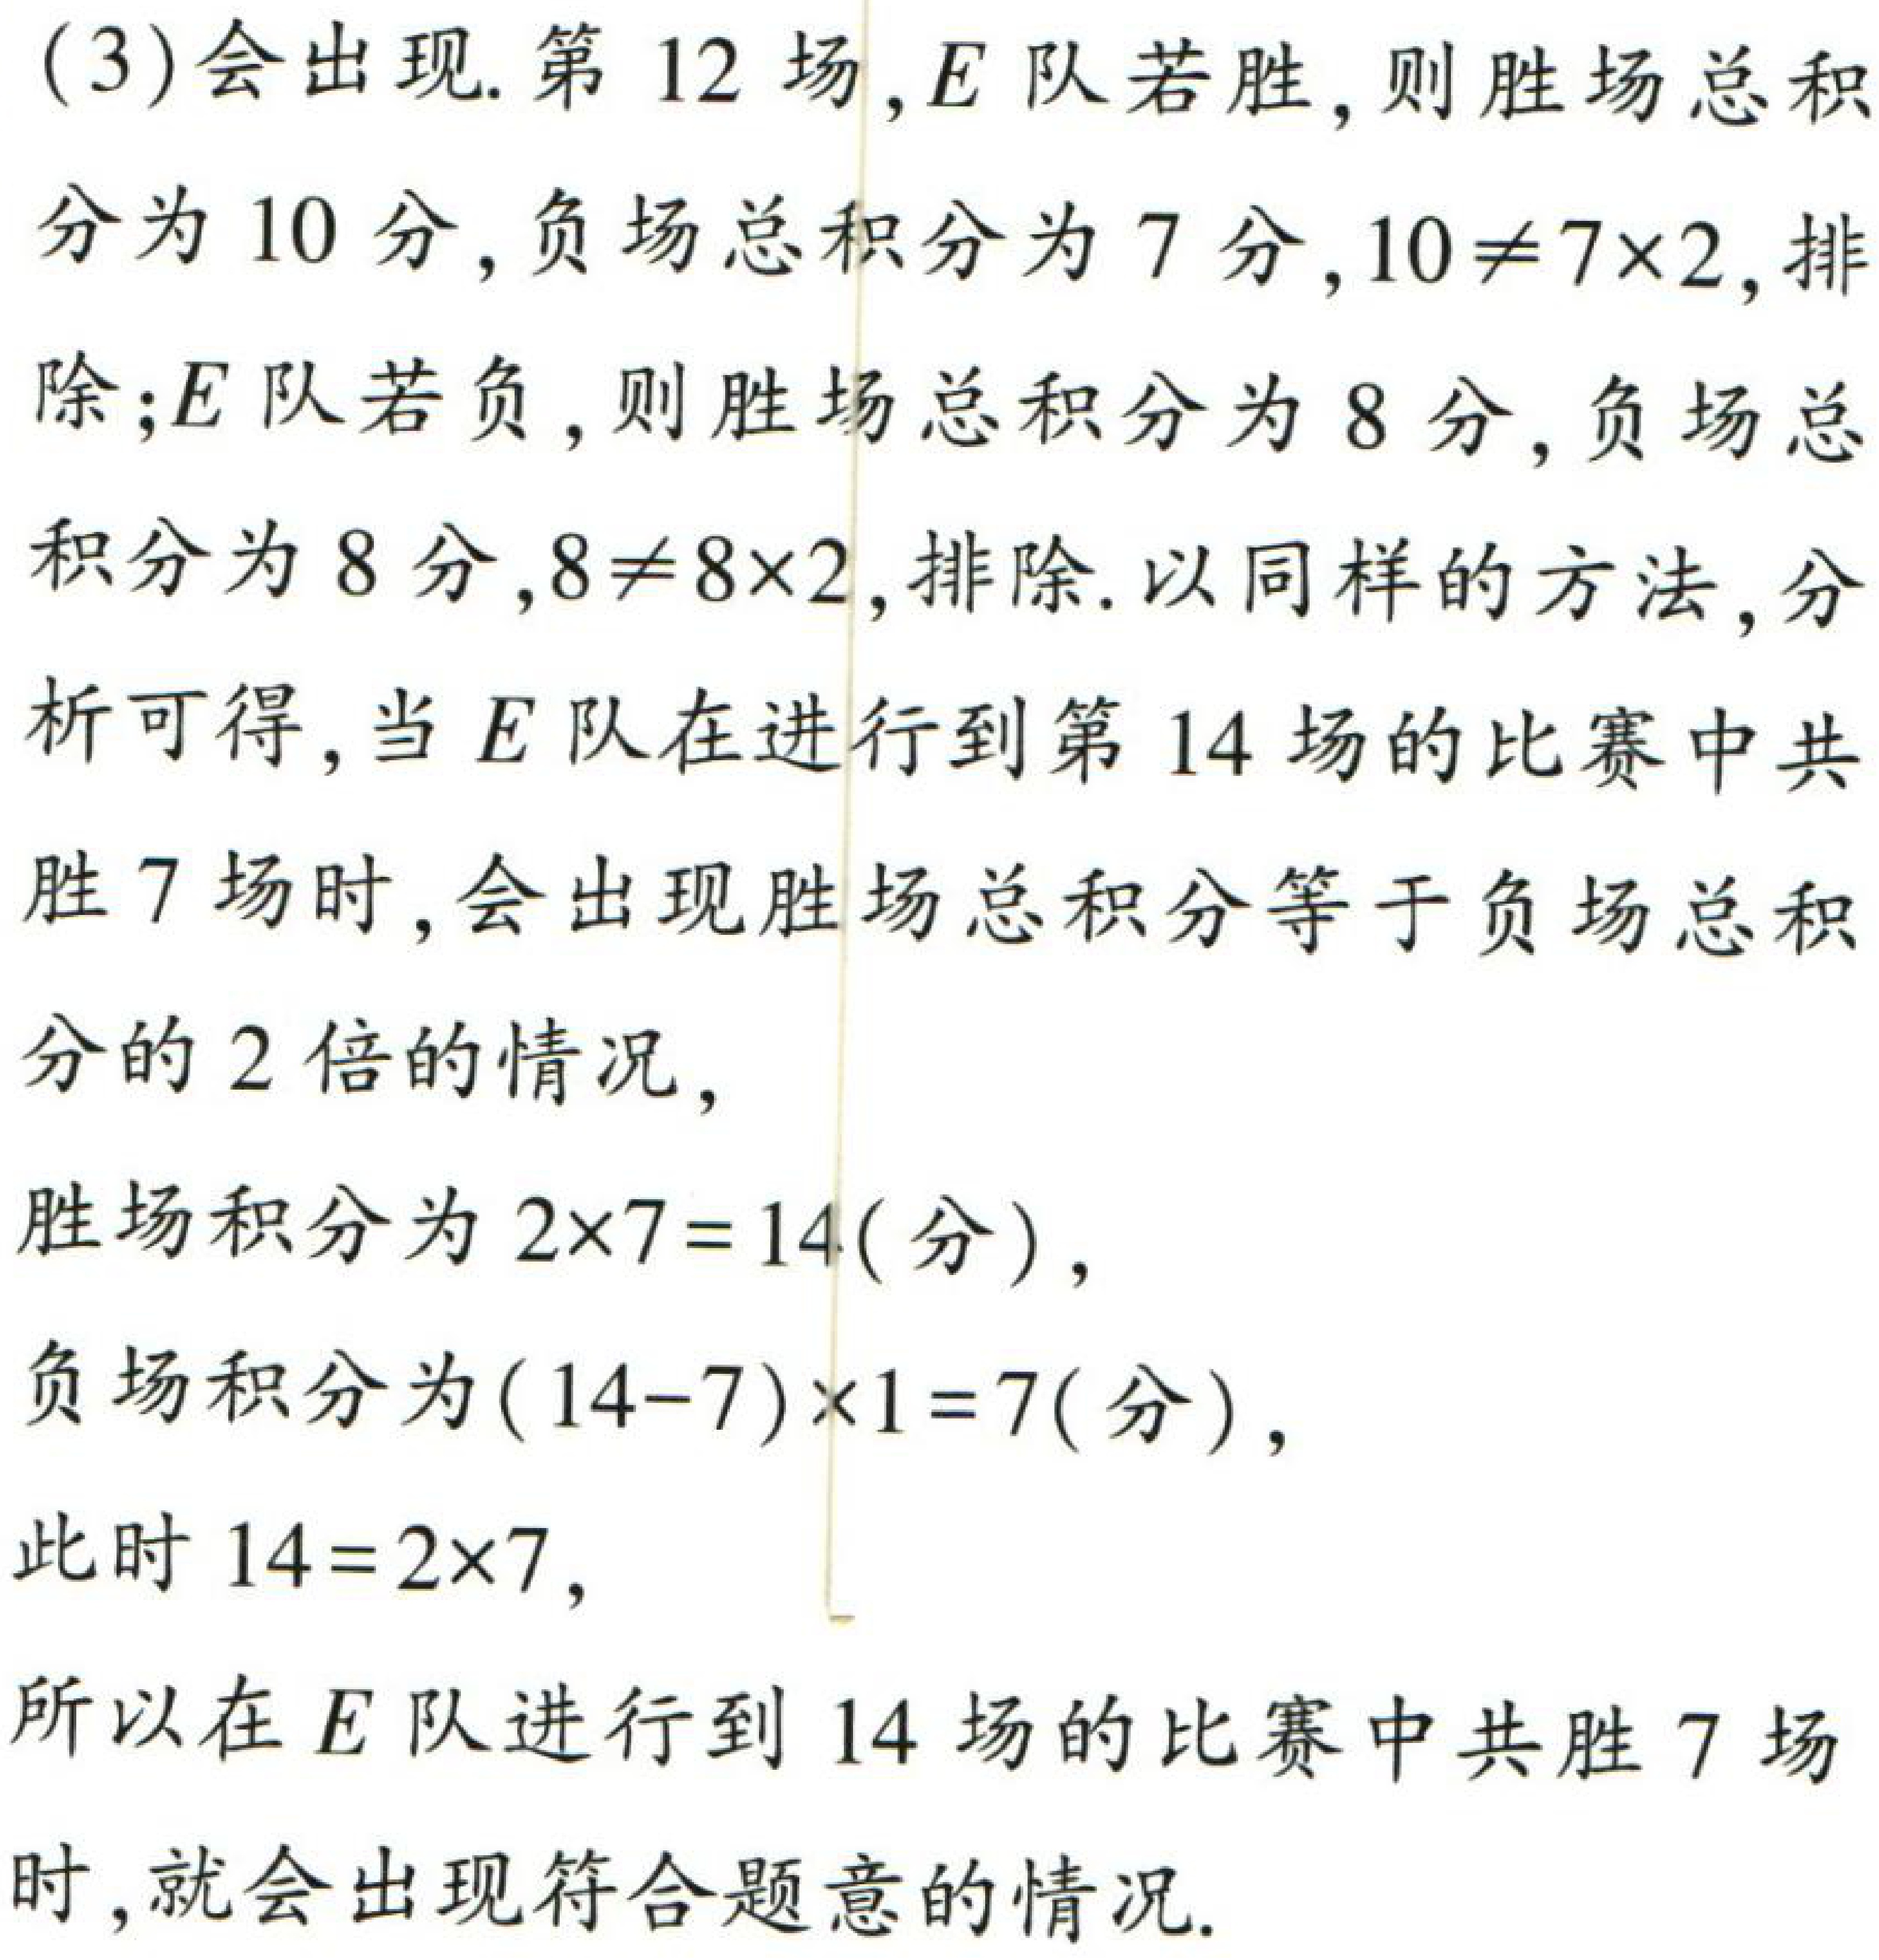
(3)会出现. 第12场，\(E\)队若胜，则胜场总积分为10分，负场总积分为7分，\(10\neq7\times2\)，排除；\(E\)队若负，则胜场总积分为8分，负场总积分为8分，\(8\neq8\times2\)，排除. 以同样的方法，分析可得，当\(E\)队在进行到第14场的比赛中共胜7场时，会出现胜场总积分等于负场总积分的2倍的情况，

胜场积分为\(2\times7 = 14\)（分），

负场积分为\((14 - 7)\times1 = 7\)（分），

此时\(14 = 2\times7\)，

所以在\(E\)队进行到14场的比赛中共胜7场时，就会出现符合题意的情况.